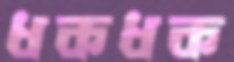
ধকধক